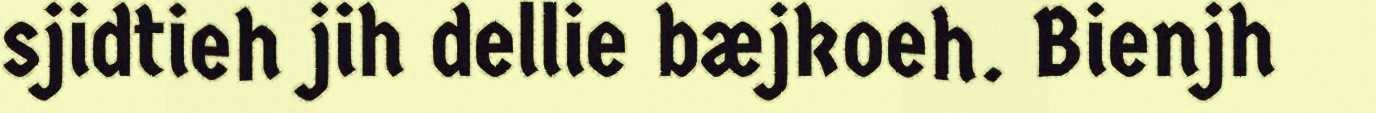
sjidtieh jih dellie bæjkoeh. Bienjh